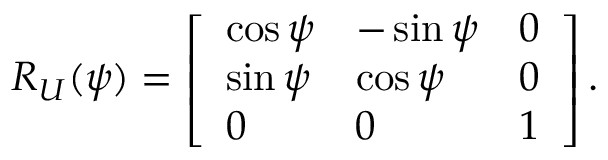
R _ { U } ( \psi ) = \left[ \begin{array} { l l l } { \cos \psi } & { - \sin \psi } & { 0 } \\ { \sin \psi } & { \cos \psi } & { 0 } \\ { 0 } & { 0 } & { 1 } \end{array} \right] .